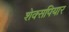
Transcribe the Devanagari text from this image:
शेक्सपियार